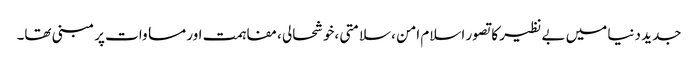
جدید دنیا میں بے نظیر کا تصور اسلام امن ،سلامتی ،خوشحالی ،مفاہمت اور مساوات پر مبنی تھا۔